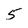
Character: 5